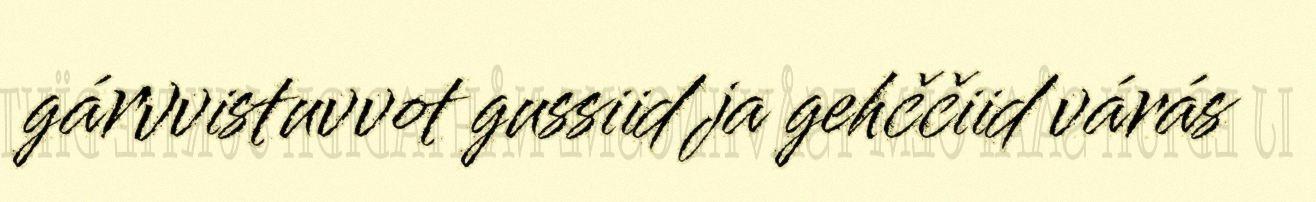
gárvvistuvvot gussiid ja gehččiid várás